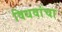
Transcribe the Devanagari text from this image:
विधवांचा